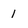
Character: 1